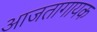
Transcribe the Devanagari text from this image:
आजतागायक